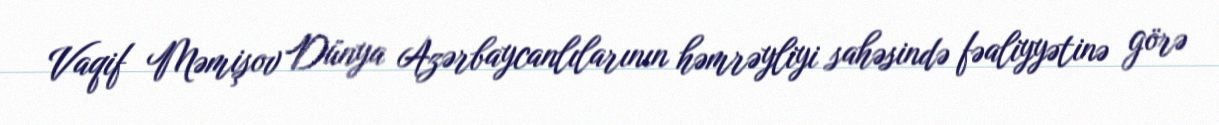
Vaqif Məmişov Dünya Azərbaycanlılarının həmrəyliyi sahəsində fəaliyyətinə görə